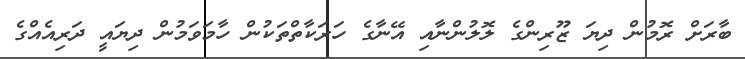
ބާރަށް ރޮމުން ދިޔަ ޒޫރިންގެ ލޮލުންނާއި އޭނާގެ ހަރަކާތްތަކުން ހާމަވަމުން ދިޔައީ ދަރިއެއްގެ